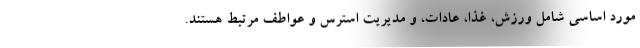
مورد اساسی شامل ورزش، غذا، عادات، و مدیریت استرس و عواطف مرتبط هستند.